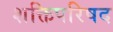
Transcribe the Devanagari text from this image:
शक्तिपरिषद